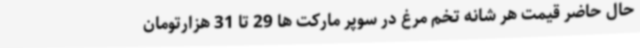
حال حاضر قیمت هر شانه تخم مرغ در سوپر مارکت ها 29 تا 31 هزارتومان